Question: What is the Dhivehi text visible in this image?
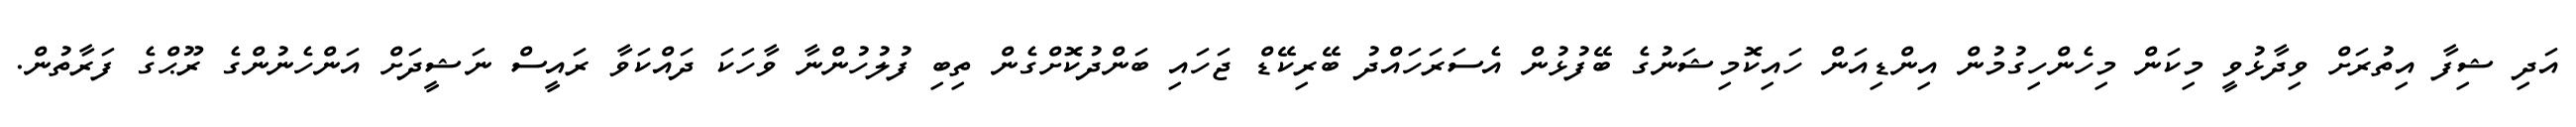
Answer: އަދި ޝިފާ އިތުރަށް ވިދާޅުވީ މިކަން މިހެންހިގުމުން އިންޑިއަން ހައިކޮމިޝަނުގެ ބޭފުޅުން އެސަރަހައްދު ބޭރިކޭޑް ޖަހައި ބަންދުކޮށްގެން ތިބި ފުލުހުންނާ ވާހަކަ ދައްކަވާ ރައީސް ނަޝީދަށް އަންހެނުންގެ ރޫޙްގެ ފަރާތުން.